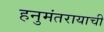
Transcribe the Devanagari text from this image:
हनुमंतरायाची